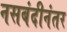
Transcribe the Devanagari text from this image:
नसबंदीनंतर